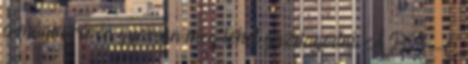
a mágia révén gyorsan meg lehet gazdagodni. A BBC